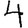
Digit: 4